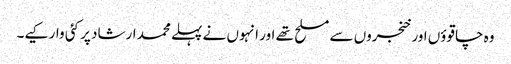
وہ چاقوؤں اور خنجروں سے مسلح تھے اور انہوں نے پہلے محمد ارشاد پر کئی وار کیے۔